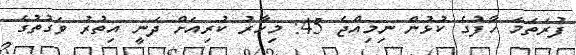
ފުރަތަމަ ހާފުގެ ކުޅުން ނިމިއްޖެ 45: މިހާރު ކުރިއަށް ދަނީ އިތުރު ވަގުތުގެ